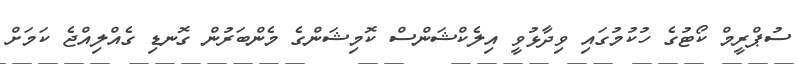
ސުޕްރީމް ކޯޓުގެ ހުކުމުގައި ވިދާޅުވީ އިލެކްޝަންސް ކޮމިޝަންގެ މެންބަރުން ގޮނޑި ގެއްލިއްޖެ ކަމަށް